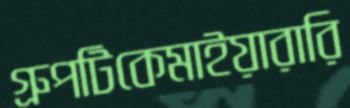
গ্রুপটিকেমাইয়ারারি